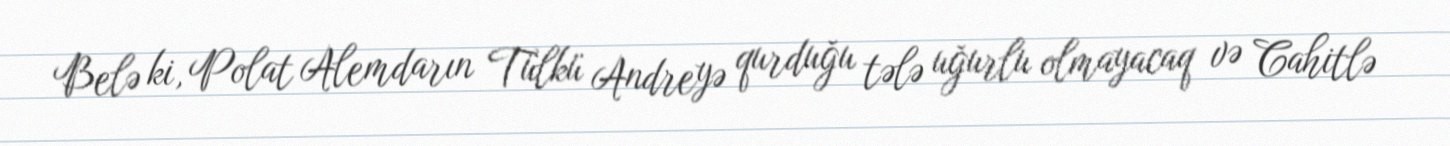
Belə ki, Polat Alemdarın Tülkü Andreyə qurduğu tələ uğurlu olmayacaq və Cahitlə